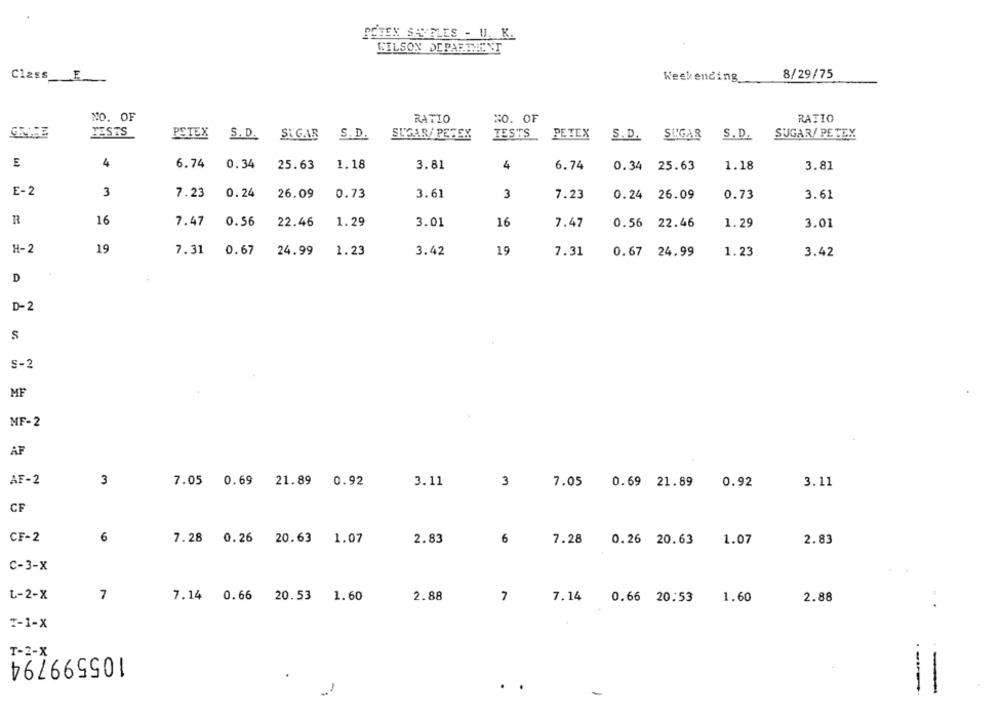
PETEX SAVELES - U. K.
WILSON DEPARTMENT
Class F.
Keskending
8/29/75
NO. OF
RATIO
NO. OF
RATIO
TESTS
PETEX
S. D.
SUGAR
S. D
SUGAR/ PEREX
TESTS
PETEX
S.D. SUGAR
S.D.
SUGAR/ PETEX
E
4
6.74
0.34
25.63
1.18
3.81
4
6.74
0.34
25.63
1.18
3.81
E-2
3
7.23
0.24
26.09
0.73
3.61
3
7.23
0.24 26.09
0.73
3.61
R
16
7.47
0.56
22.46
1.29
3.01
16
0.56 22.46
7.47
1.29
3.01
H-2
19
7.31
0.67
24.99
1.23
3.42
19
7.31
0.67 24.99
1.23
3.42
D
D-2
S
S-2
MF
MF-2
AF
AF-2
3
7.05 0.69 21.89 0.92
3.11
3
7.05 0.69 21.89 0.92
3.11
CF
CF-2
6
7.28 0.26 20.63 1.07
6
2.83
7.28 0.26 20.63
1.07
2.83
C-3-X
L-2-X
7
2.88
7.14
7.14 0.66 20.53 1.60
7
0.66 20:53
1.60
2.88
T-1-X
T-2-X
105599794
-
-
-